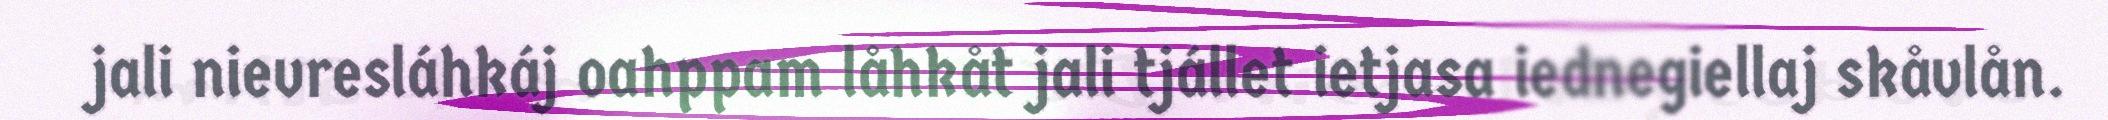
jali nievresláhkáj oahppam låhkåt jali tjállet ietjasa iednegiellaj skåvlån.